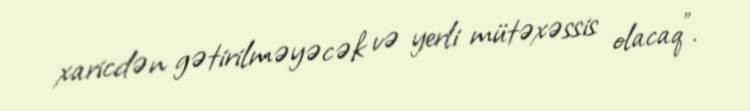
xaricdən gətirilməyəcək və yerli mütəxəssis olacaq".